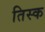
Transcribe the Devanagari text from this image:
तिस्क